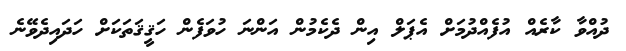
ދުއްވާ ކާރެއް އުފެއްދުމަށް އެޕަލް އިން ދެކެމުން އަންނަ ހުވަފެން ހަޤީޤަތަކަށް ހަދައިދެވޭނެ